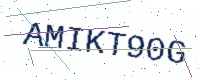
Text: AMIKT90G